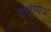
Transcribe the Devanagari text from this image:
द्वयीमथ